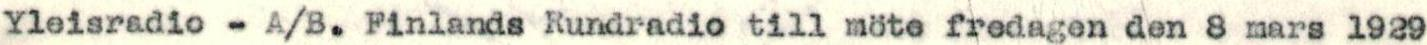
Yleisradio - A/B. Finlands Rundradio till möte fredagen den 8 mars 1929